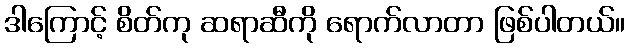
ဒါကြောင့် စိတ်ကု ဆရာဆီကို ရောက်လာတာ ဖြစ်ပါတယ်။